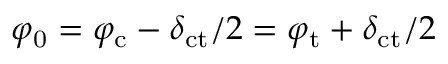
\varphi _ { \mathrm { 0 } } = \varphi _ { \mathrm { c } } - \delta _ { \mathrm { c t } } / 2 = \varphi _ { \mathrm { t } } + \delta _ { \mathrm { c t } } / 2